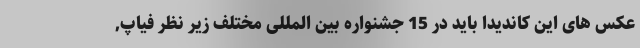
عکس های این کاندیدا باید در 15 جشنواره بین المللی مختلف زیر نظر فیاپ,